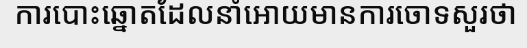
ការបោះឆ្នោតដែលនាំអោយមានការចោទសួរថា